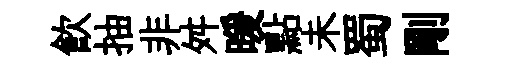
飲抽非舛暖點未蜀剛